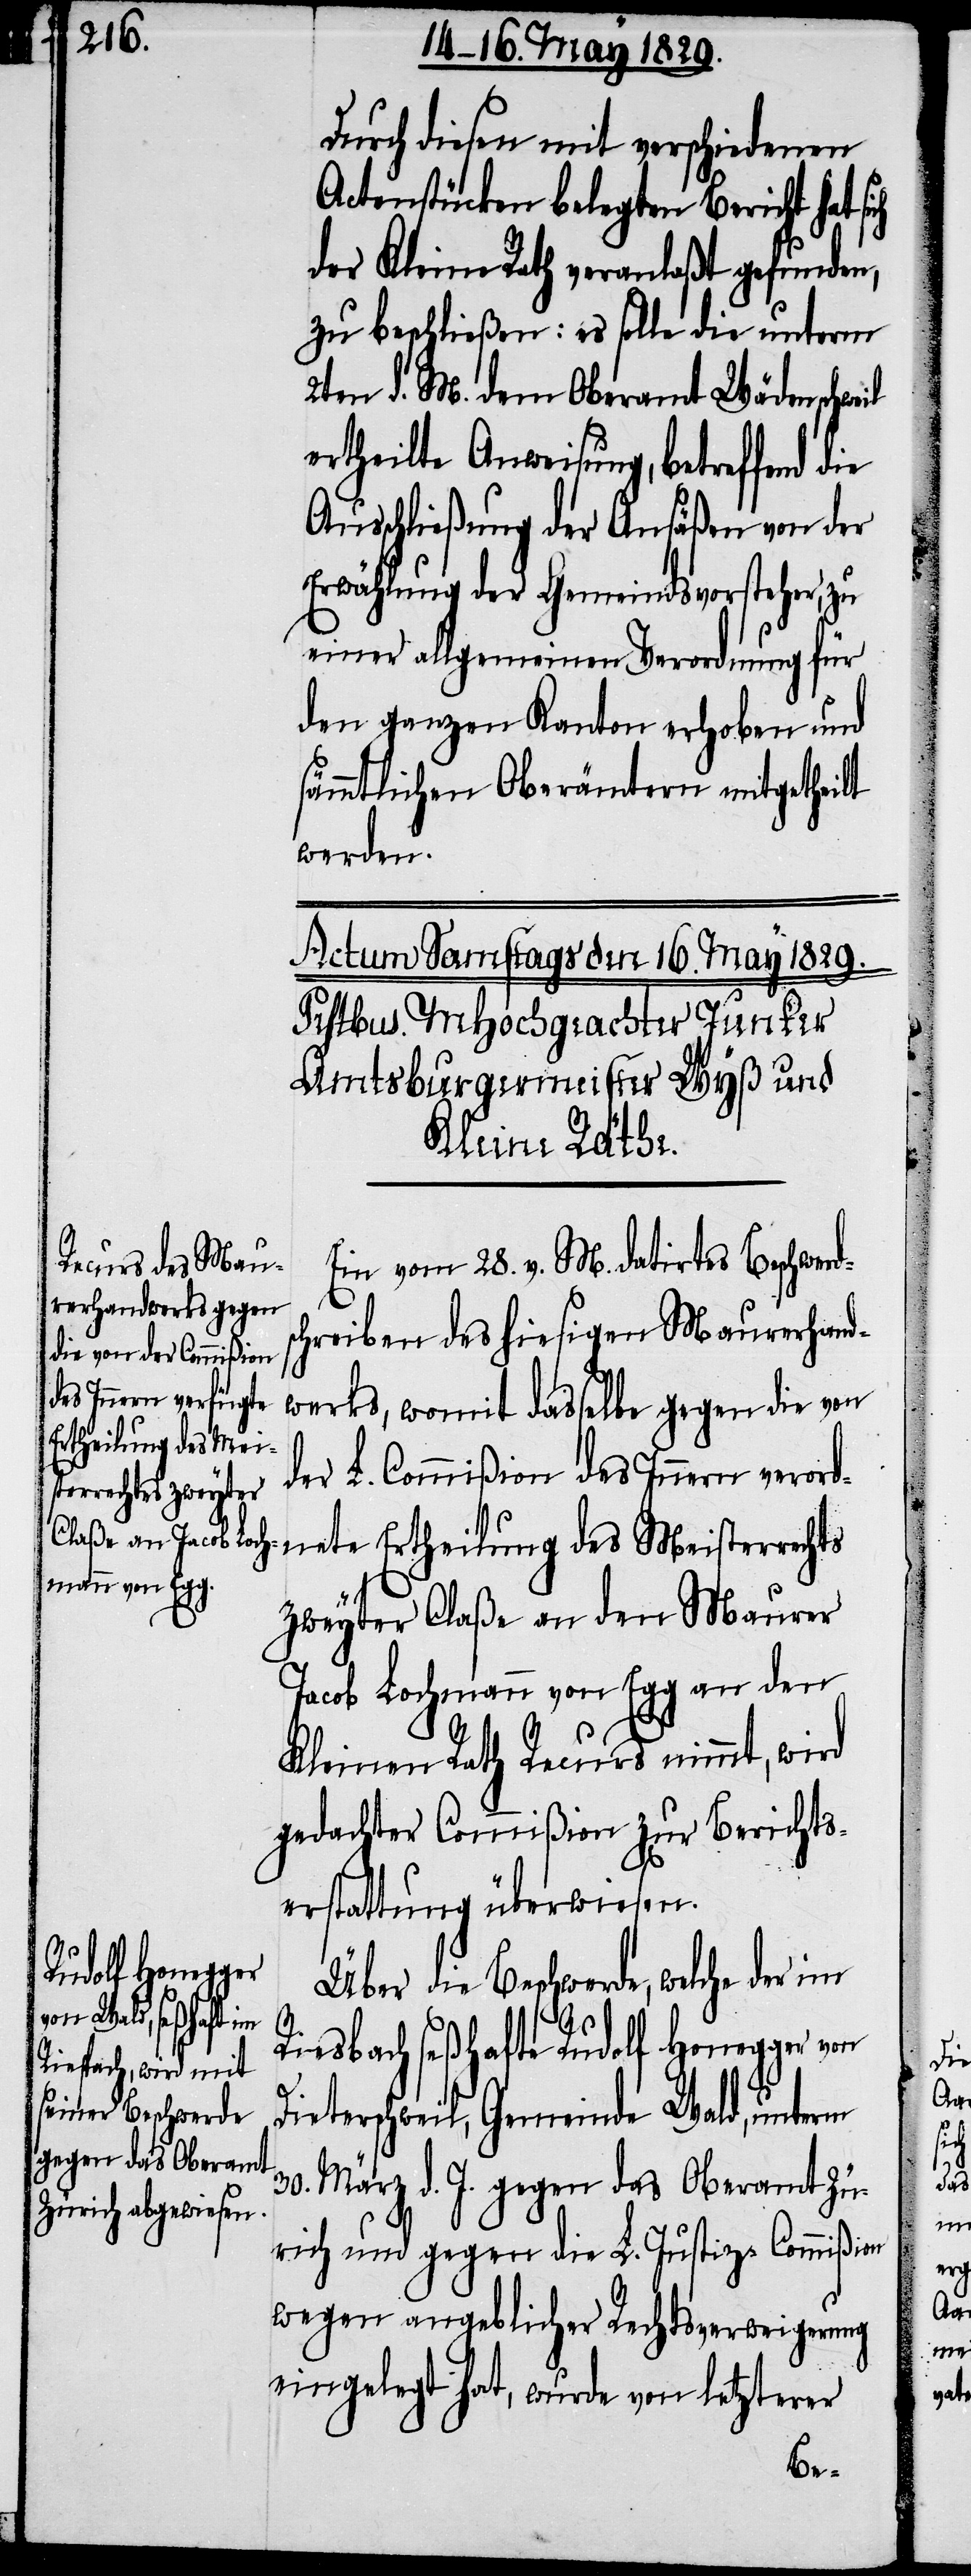
Durch diesen mit verschiedenen
Actenstücken belegten Bericht hat
der Kleine Rath veranlaßt gefunden,
zu beschließen: es solle die unterm
2ten d. M. dem Oberamt Wädenschweil
ertheilte Anweisung, betreffend die
Ausschließung der Ansäßen von der
Erwählung der Gemeindsvorsteher, zu
einer allgemeinen Verordnung für
den ganzen Kanton erhoben und
sämmtlichen Oberämtern mitgetheilt
werden.
Ein vom 28. v. M. datirtes Beschwerd¬
schreiben des hiesigen Maurerhand¬
werks, womit dasselbe gegen die von
der L. Commißion des Innern verord¬
nete Ertheilung des Meisterrechts
zweyter Claße an den Maurer
Jacob Lochmann von Egg an den
Kleinen Rath Recurs nimmt, wird
gedachter Commißion zur Berichts¬
erstattung überwiesen.
Über die Beschwerde, welche der im
Riesbach seßhafte Rudolf Honegger von
Dieterschweil, Gemeinde Wald, unterm
30. März d. J. gegen das Oberamt Zü¬
rich und gegen die L. Justiz-Commißion
wegen angeblicher Rechtsverweigerung
eingelegt hat, wurde von letzterer